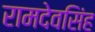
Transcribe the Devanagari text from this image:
रामदेवसिंह